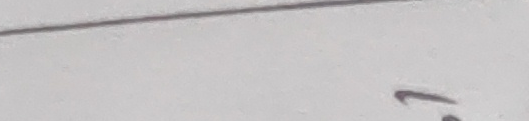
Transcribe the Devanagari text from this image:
१